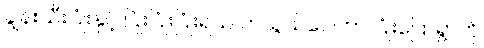
ချွန်းသီးပြုံးနှင့် ပြုံးပြုံးပြုံးရယ် တသွယ်ဝေါဟာ ပြုံးပြောရွာကို